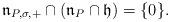
LaTeX: \begin{align*} \mathfrak{n}_{P,\sigma,+}\cap(\mathfrak{n}_{P}\cap\mathfrak{h})=\{0\}. \end{align*}